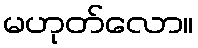
မဟုတ်လော။